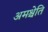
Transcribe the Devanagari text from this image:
अमश्चेति